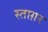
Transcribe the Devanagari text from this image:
स्ताग़र